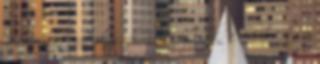
hiszen pont azt kapjuk, amit ígérnek: a realitást, a